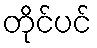
တိုင်ပင်